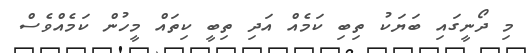
މި ދޯނީގައި ބަޔަކު ތިބި ކަމެއް އަދި ތިބީ ކިތައް މީހުން ކަމެއްވެސް